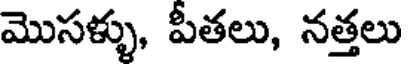
మొసళ్ళు, పీతలు, నత్తలు